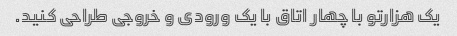
یک هزارتو با چهار اتاق با یک ورودی و خروجی طراحی کنید.